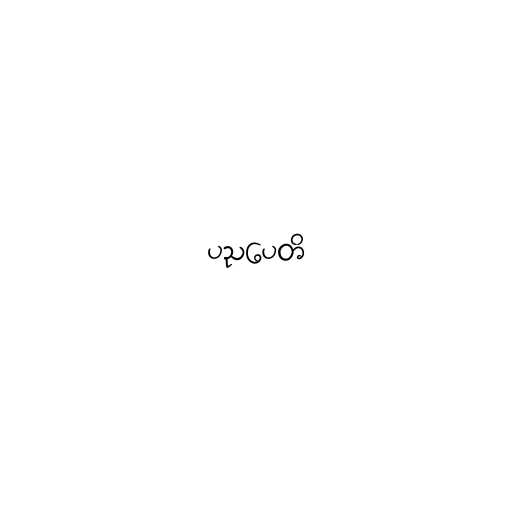
ပညပေတိ